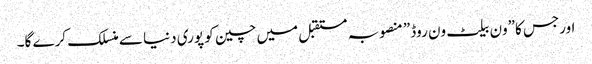
اورجس کا”ون بیلٹ ون روڈ” منصوبہ مستقبل میں چین کو پوری دنیا سے منسلک کرے گا۔